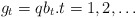
\begin{align*}g_t=q b_t.t=1,2,\ldots\end{align*}